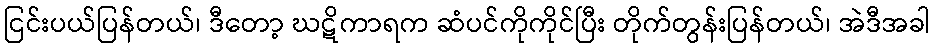
ငြင်းပယ်ပြန်တယ်၊ ဒီတော့ ဃဋိကာရက ဆံပင်ကိုကိုင်ပြီး တိုက်တွန်းပြန်တယ်၊ အဲဒီအခါ